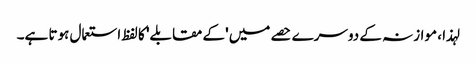
لہذا ، موازنہ کے دوسرے حصے میں 'کے مقابلے' کا لفظ استعمال ہوتا ہے۔